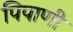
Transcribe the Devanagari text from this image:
पिपाणी